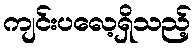
ကျင်းပလေ့ရှိသည့်